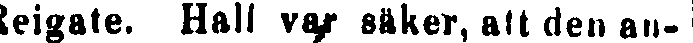
Reigate. Hall var säker, att den an-